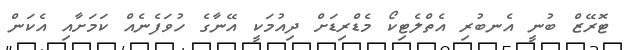
ޓޮރޭޒް ބުނީ އެނބުރި އެތްލެޓިކޯ މެޑްރިޑަށް ދިއުމަކީ އޭނާގެ ހުވަފެނެއް ކަމަށާއި އެކަން